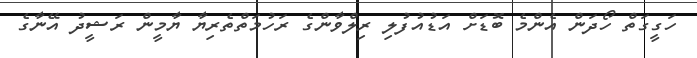
ހަގީގަތް ހޯދަން އެންމެ ބޮޑަށް އަޑުއުފުލި ރިލްވާންގެ ރަހުމަތްތެރިޔާ ޔާމީން ރަޝީދު އޭނާގެ